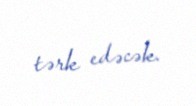
tərk edəcək.